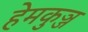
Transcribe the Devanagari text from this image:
हेमकुञ्ज